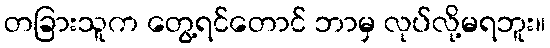
တခြားသူက တွေ့ရင်တောင် ဘာမှ လုပ်လို့မရဘူး။